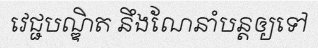
វេជ្ជបណ្ឌិត នឹងណែនាំបន្តឲ្យទៅ